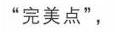
“完美点”，